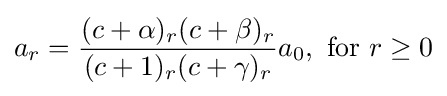
a_{r}={\frac {(c+\alpha )_{r}(c+\beta )_{r}}{(c+1)_{r}(c+\gamma )_{r}}}a_{0},{\text{ for }}r\geq 0